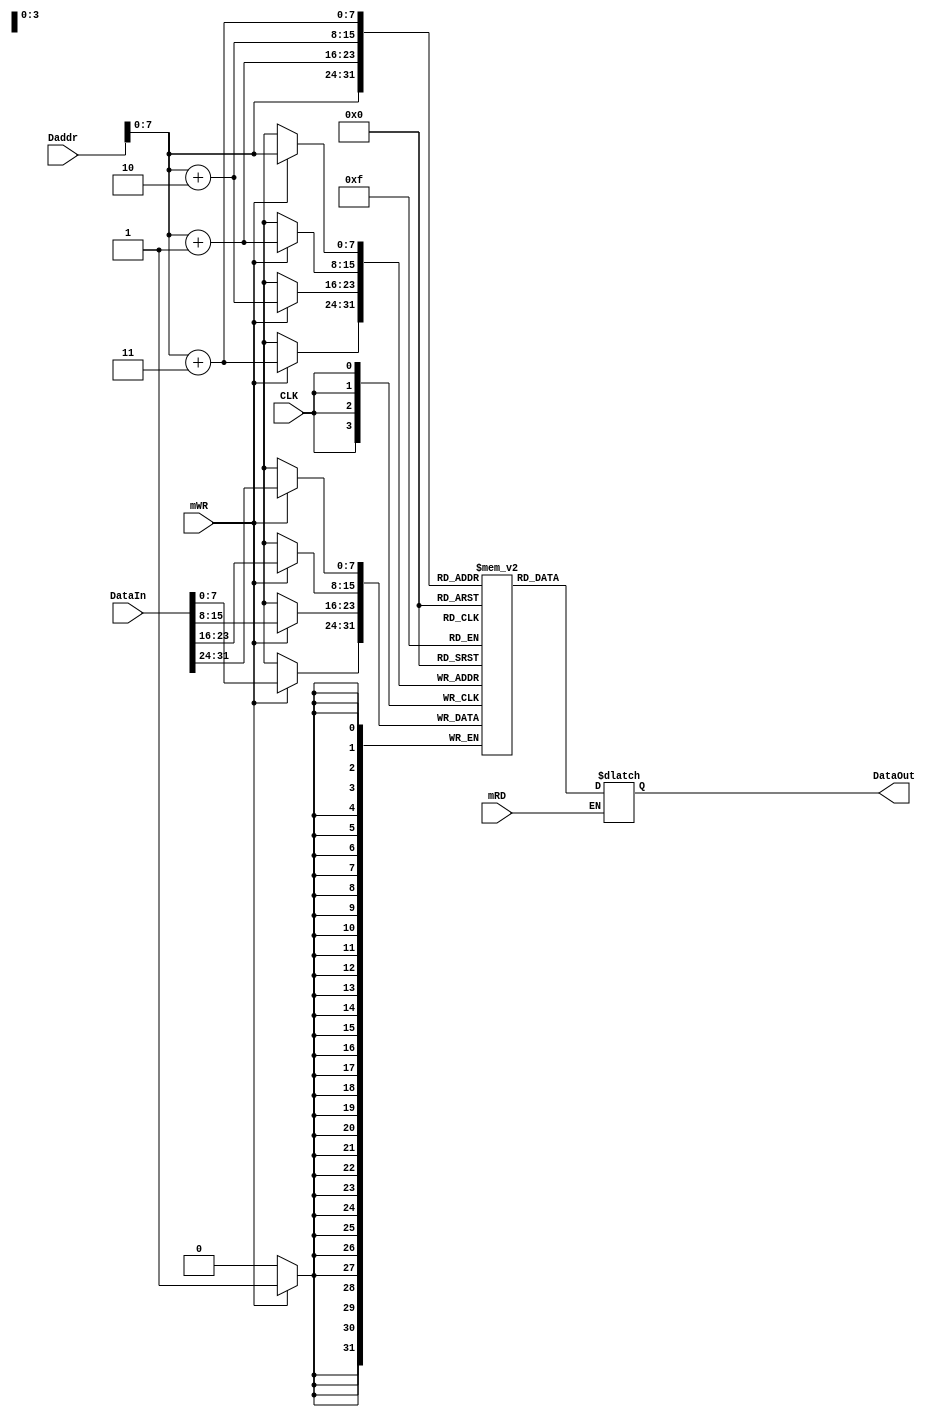
`timescale 1ns / 1ps
module Data_Memory(
    input CLK,
    input [31:0]Daddr,
    input [31:0]DataIn,
    input mRD,mWR,
    output reg [31:0]DataOut
    );
    reg [7:0]mem[255:0];
    integer i;
    initial begin
    for(i=0;i<256;i=i+1)
        mem[i]<=0;
    end
    always@(Daddr or mRD)
        begin
           if(mRD==1)
              begin
                DataOut[31:24] = mem[Daddr]; //8bits per unit ,big endian
                DataOut[23:16] = mem[Daddr+1];
                DataOut[15:8] = mem[Daddr+2];
                DataOut[7:0] = mem[Daddr+3];
              end    
        end
     always@(negedge CLK)
        begin
            if(mWR==1)
                begin
                   mem[Daddr] <= DataIn[31:24];
                   mem[Daddr+1] <= DataIn[23:16];
                   mem[Daddr+2] <= DataIn[15:8];
                   mem[Daddr+3] <= DataIn[7:0];
                end
        end
endmodule